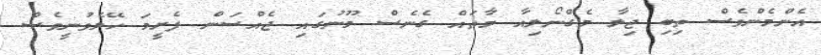
އެންމެންވެސް ތިބި ޖިލާ މެގްނޯލިއާ މާތައް ގެނެސް މޫނުގައި ޖެއްސަން ފެށީމަ ހޭލެވުނީވެސް